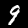
Label: 9